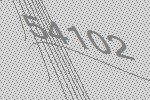
54102